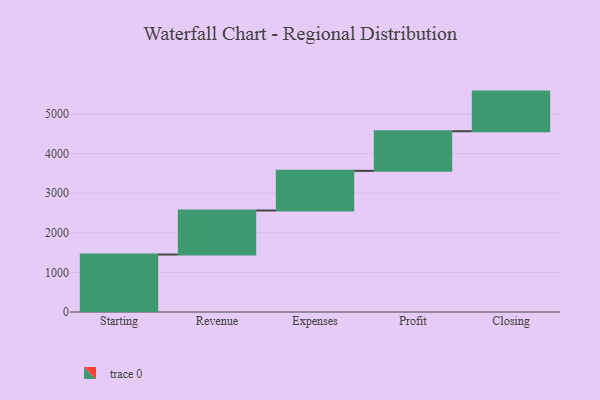
{"axis": {"x": "Step", "y": "Value"}, "legend": [""], "data": [{"x": "Starting", "y": 1450.0, "type": ""}, {"x": "Revenue", "y": 1112.0, "type": ""}, {"x": "Expenses", "y": 1000, "type": ""}, {"x": "Profit", "y": 1000, "type": ""}, {"x": "Closing", "y": 1000, "type": ""}]}